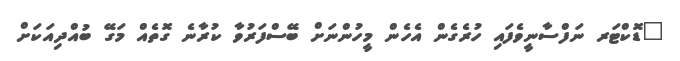
"ޑޮކްޓަރ ނަފްސާނީވެފައި ހުރެގެން އެހެން މީހުންނަށް ބޭސްފަރުވާ ކުރާނެ ގޮތެއް މަގޭ ބުއްދިއަކަށް